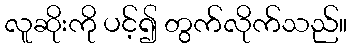
လူဆိုးကို ပင့်၍ တွက်လိုက်သည်။